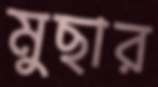
মুছার